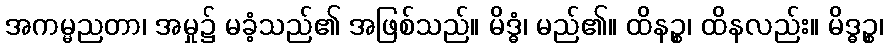
အကမ္မညတာ၊ အမှု၌ မခံ့သည်၏ အဖြစ်သည်။ မိဒ္ဓံ၊ မည်၏။ ထိနဉ္စ၊ ထိနလည်း။ မိဒ္ဓဉ္စ၊